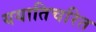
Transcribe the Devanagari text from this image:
ययातिचरित